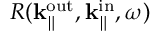
R ( { \bf k } _ { \parallel } ^ { \mathrm { o u t } } , { \bf k } _ { \parallel } ^ { \mathrm { i n } } , \omega )